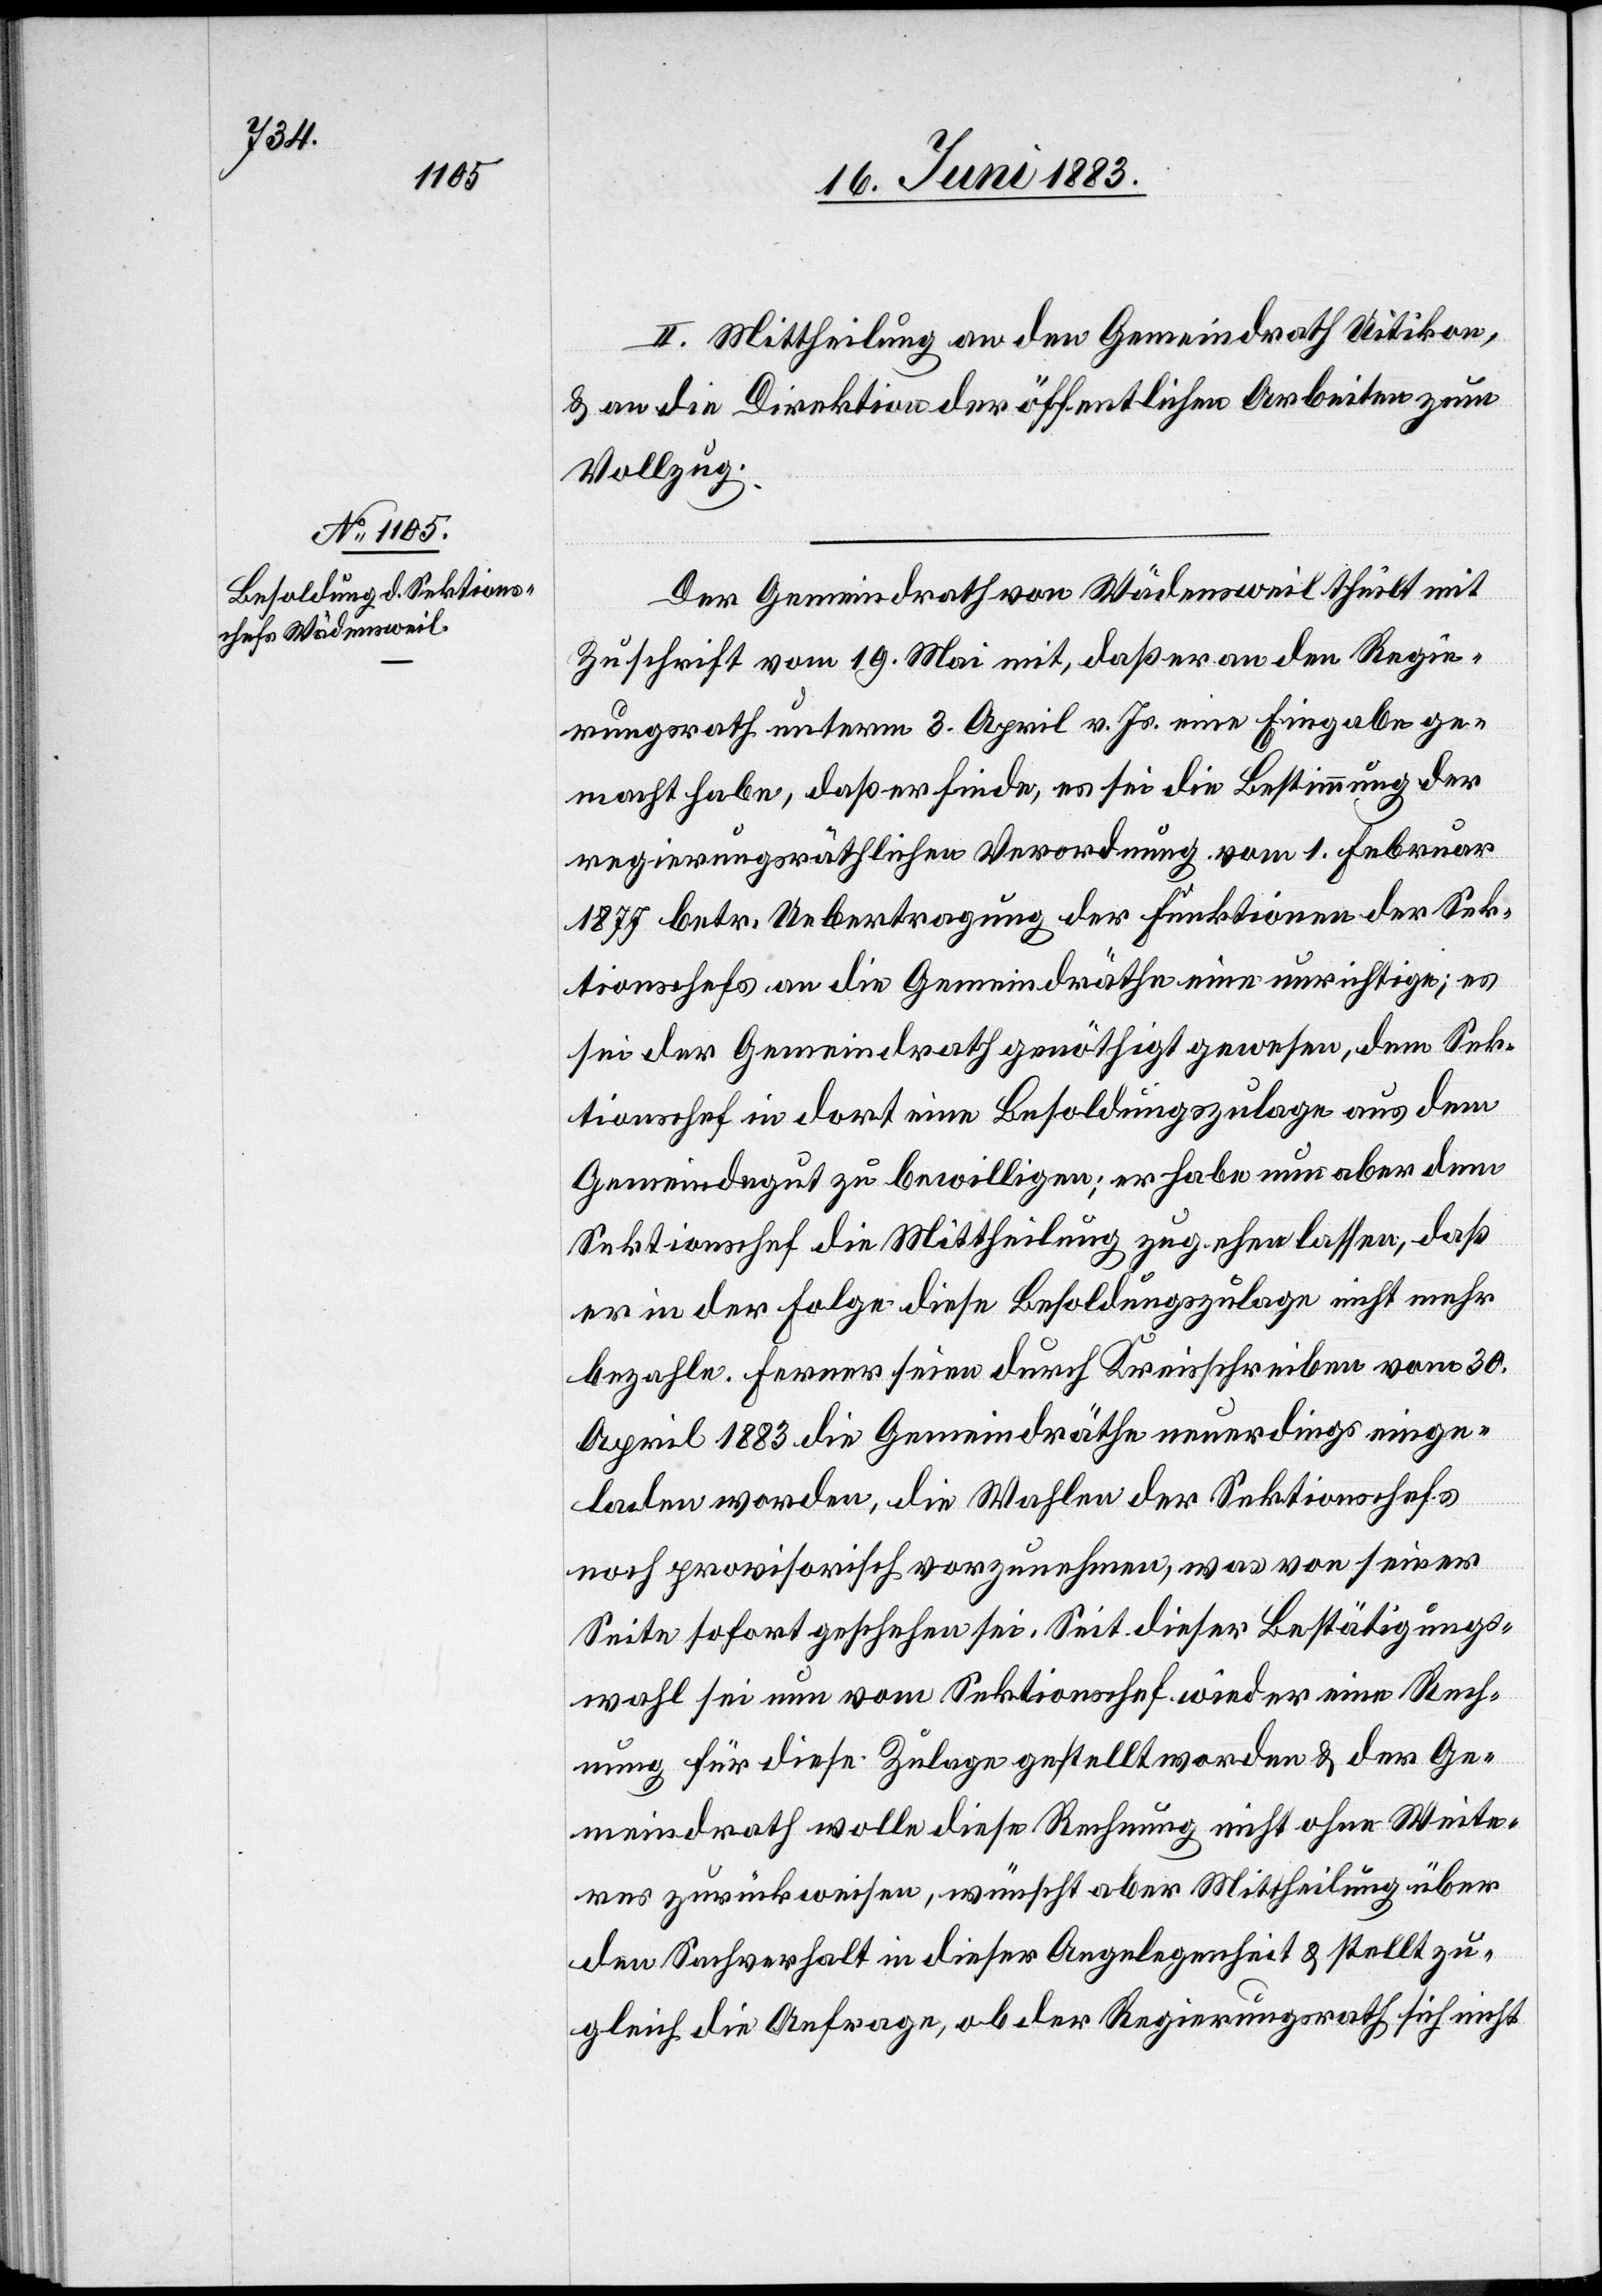
II. Mittheilung an den Gemeindrath Uitikon,
& an die Direktion der öffentlichen Arbeiten zum
Vollzug.
Der Gemeindrath von Wädensweil theilt mit
Zuschrift vom 19. Mai mit, daß er an den Regie¬
rungsrath unterm 3. April v. Js. eine Eingabe ge¬
macht habe, daß er finde, es sei die Bestimmung der
regierungsräthlichen Verordnung vom 1. Februar
1877 betr. Uebertragung der Funktionen der Sek¬
tionschefs an die Gemeindräthe eine unrichtige; es
sei der Gemeindrath genöthigt gewesen, dem Sek¬
tionschef in dort eine Besoldungszulage aus dem
Gemeindegut zu bewilligen; er habe nun aber dem
Sektionschef die Mittheilung zugehen lassen, daß
er in der Folge diese Besoldungszulage nicht mehr
bezahle. Ferner seien durch Kreisschreiben vom 30.
April 1883 die Gemeindräthe neuerdings einge¬
laden worden, die Wahlen der Sektionschefs
noch provisorisch vorzunehmen, was von seiner
Seite sofort geschehen sei. Seit dieser Bestätigungs¬
wahl sei nun vom Sektionschef wieder eine Rech¬
nung für diese Zulage gestellt worden & der Ge¬
meindrath wolle diese Rechnung nicht ohne Weite¬
res zurückweisen, wünscht aber Mittheilung über
den Sachverhalt in dieser Angelegenheit & stellt zu¬
gleich die Anfrage, ob der Regierungsrath sich nicht